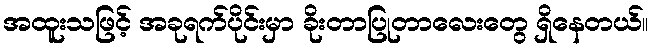
အထူးသဖြင့် အခုရက်ပိုင်းမှာ ခိုးတာပြုတာလေးတွေ ရှိနေတယ်။